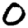
Digit: 0